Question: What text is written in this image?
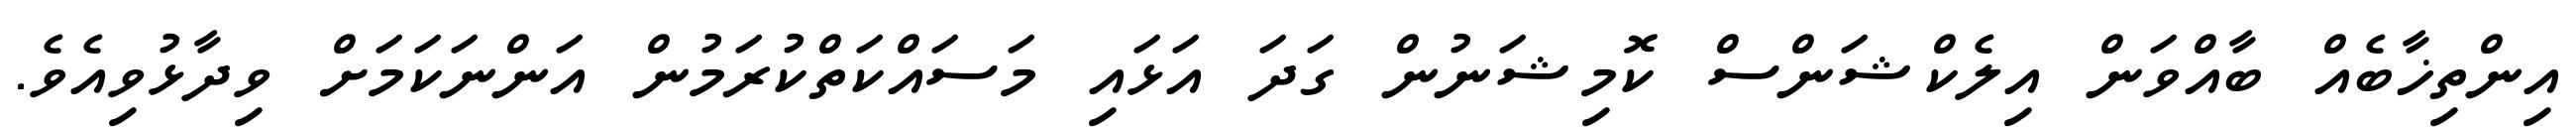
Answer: އިންތިޚާބެއް ބާއްވަން އިލެކްޝަންސް ކޮމިޝަނުން ގަދަ އަޅައި މަސައްކަތްކުރަމުން އަންނަކަމަށް ވިދާޅުވިއެވެ.